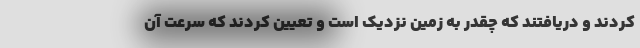
کردند و دریافتند که چقدر به زمین نزدیک است و تعیین کردند که سرعت آن